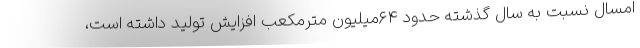
امسال نسبت به سال گذشته حدود ۶۴میلیون مترمکعب افزایش تولید داشته است،